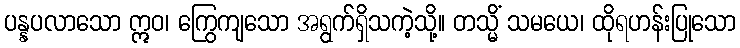
ပန္နပလာသော ဣဝ၊ ကြွေကျသော အရွက်ရှိသကဲ့သို့။ တသ္မိံ သမယေ၊ ထိုရဟန်းပြုသော